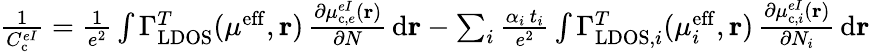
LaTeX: \begin{array}{r}{\frac{1}{C_{\mathrm{c}}^{eI}}=\frac{1}{e^{2}}\int\Gamma_{\mathrm{LDOS}}^{T}(\mu^{\mathrm{eff}},\mathbf{r})\, \frac{\partial\mu_{\mathrm{c},e}^{eI}(\mathbf{r})}{\partial N}\, \mathrm{d}\mathbf{r}-\sum_{i}\frac{\alpha_{i}\, t_{i}}{e^{2}}\int\Gamma_{\mathrm{LDOS},i}^{T}(\mu_{i}^{\mathrm{eff}},\mathbf{r})\, \frac{\partial\mu_{\mathrm{c},i}^{eI}(\mathbf{r})}{\partial N_{i}}\, \mathrm{d}\mathbf{r}}\end{array}